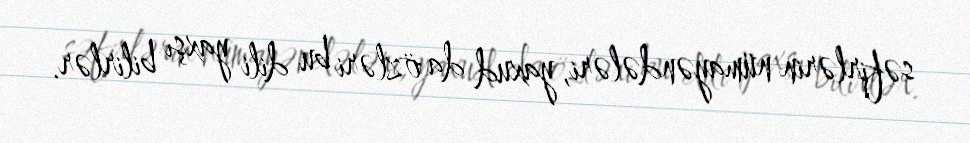
səfirlərin nümayəndələri, yaxud da özləri bu dili yaxşı bilirlər.